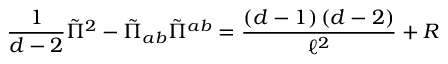
\frac { 1 } { d - 2 } \tilde { \Pi } ^ { 2 } - \tilde { \Pi } _ { a b } \tilde { \Pi } ^ { a b } = \frac { \left( d - 1 \right) \left( d - 2 \right) } { \ell ^ { 2 } } + R